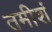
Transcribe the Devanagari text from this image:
तमीशं